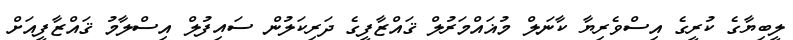
ލީބިޔާގެ ކުރީގެ އިސްވެރިޔާ ކާނަލް މުޣައްމަރުލް ޤައްޒާފީގެ ދަރިކަލުން ސައިފުލް އިސްލާމު ޤައްޒާފީއަށް